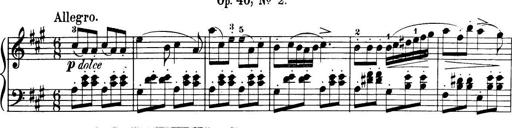
Title: 32 Sonatinas and Rondos for the Piano
Composer: Richard Kleinmichel